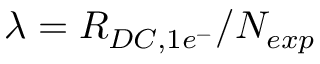
\lambda = R _ { D C , 1 e ^ { - } } / N _ { e x p }